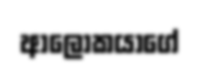
ආලෝකයාගේ